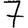
Digit: 7